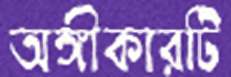
অঙ্গীকারটি